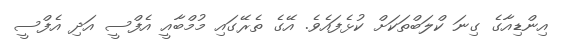
އިންޑިއާގެ ގިނަ ކްލަބްތަކަށް ކުޅެފައެވެ. އޭގެ ތެރޭގައި މުމްބާއީ އެފްސީ އަދި އެފްސީ